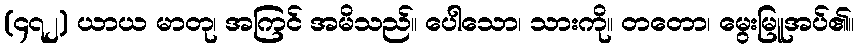
(၄၇၂) ယာယ မာတု၊ အကြင် အမိသည်။ ပေါသော၊ သားကို။ တတော၊ မွေးမြူအပ်၏။